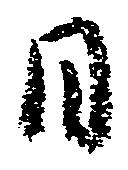
日